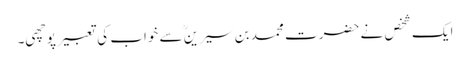
ایک شخص نے حضرت محمد بن سیرینؒ سے خواب کی تعبیر پوچھی۔